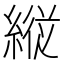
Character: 𦂵